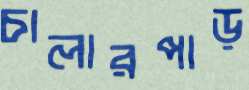
চালারপাড়